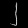
Digit: ၂